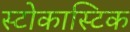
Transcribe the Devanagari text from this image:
स्टोकास्टिक